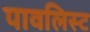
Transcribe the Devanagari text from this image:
पावलिस्ट